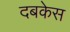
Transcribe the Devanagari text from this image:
दबकेस